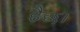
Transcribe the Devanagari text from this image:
हैछ।